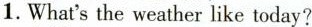
1.What'sthe weather like today?